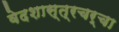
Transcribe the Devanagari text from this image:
वेदशास्त्रचर्चा